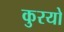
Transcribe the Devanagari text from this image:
कुरयो